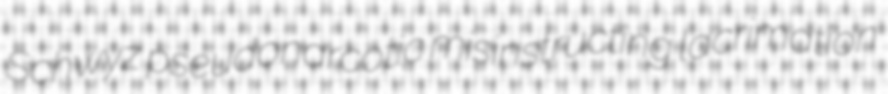
Schwyz pseudonarcotic misinstructing lacrimation